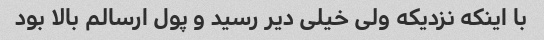
با اینکه نزدیکه ولی خیلی دیر رسید و پول ارسالم بالا بود